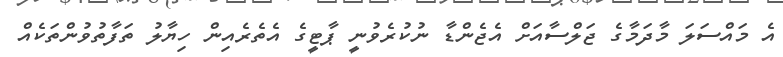
އެ މައްސަލަ މާދަމާގެ ޖަލްސާއަށް އެޖެންޑާ ނުކުރެވުނީ ޕާޓީގެ އެތެރެއިން ހިޔާލު ތަފާތުވުންތަކެއް